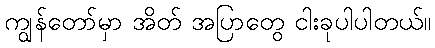
ကျွန်တော်မှာ အိတ် အပြာတွေ ငါးခုပါပါတယ်။